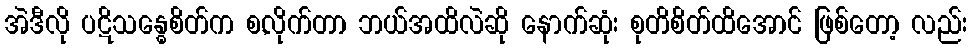
အဲဒီလို ပဋိသန္ဓေစိတ်က စ,လိုက်တာ ဘယ်အထိလဲဆို နောက်ဆုံး စုတိစိတ်ထိအောင် ဖြစ်တော့ လည်း